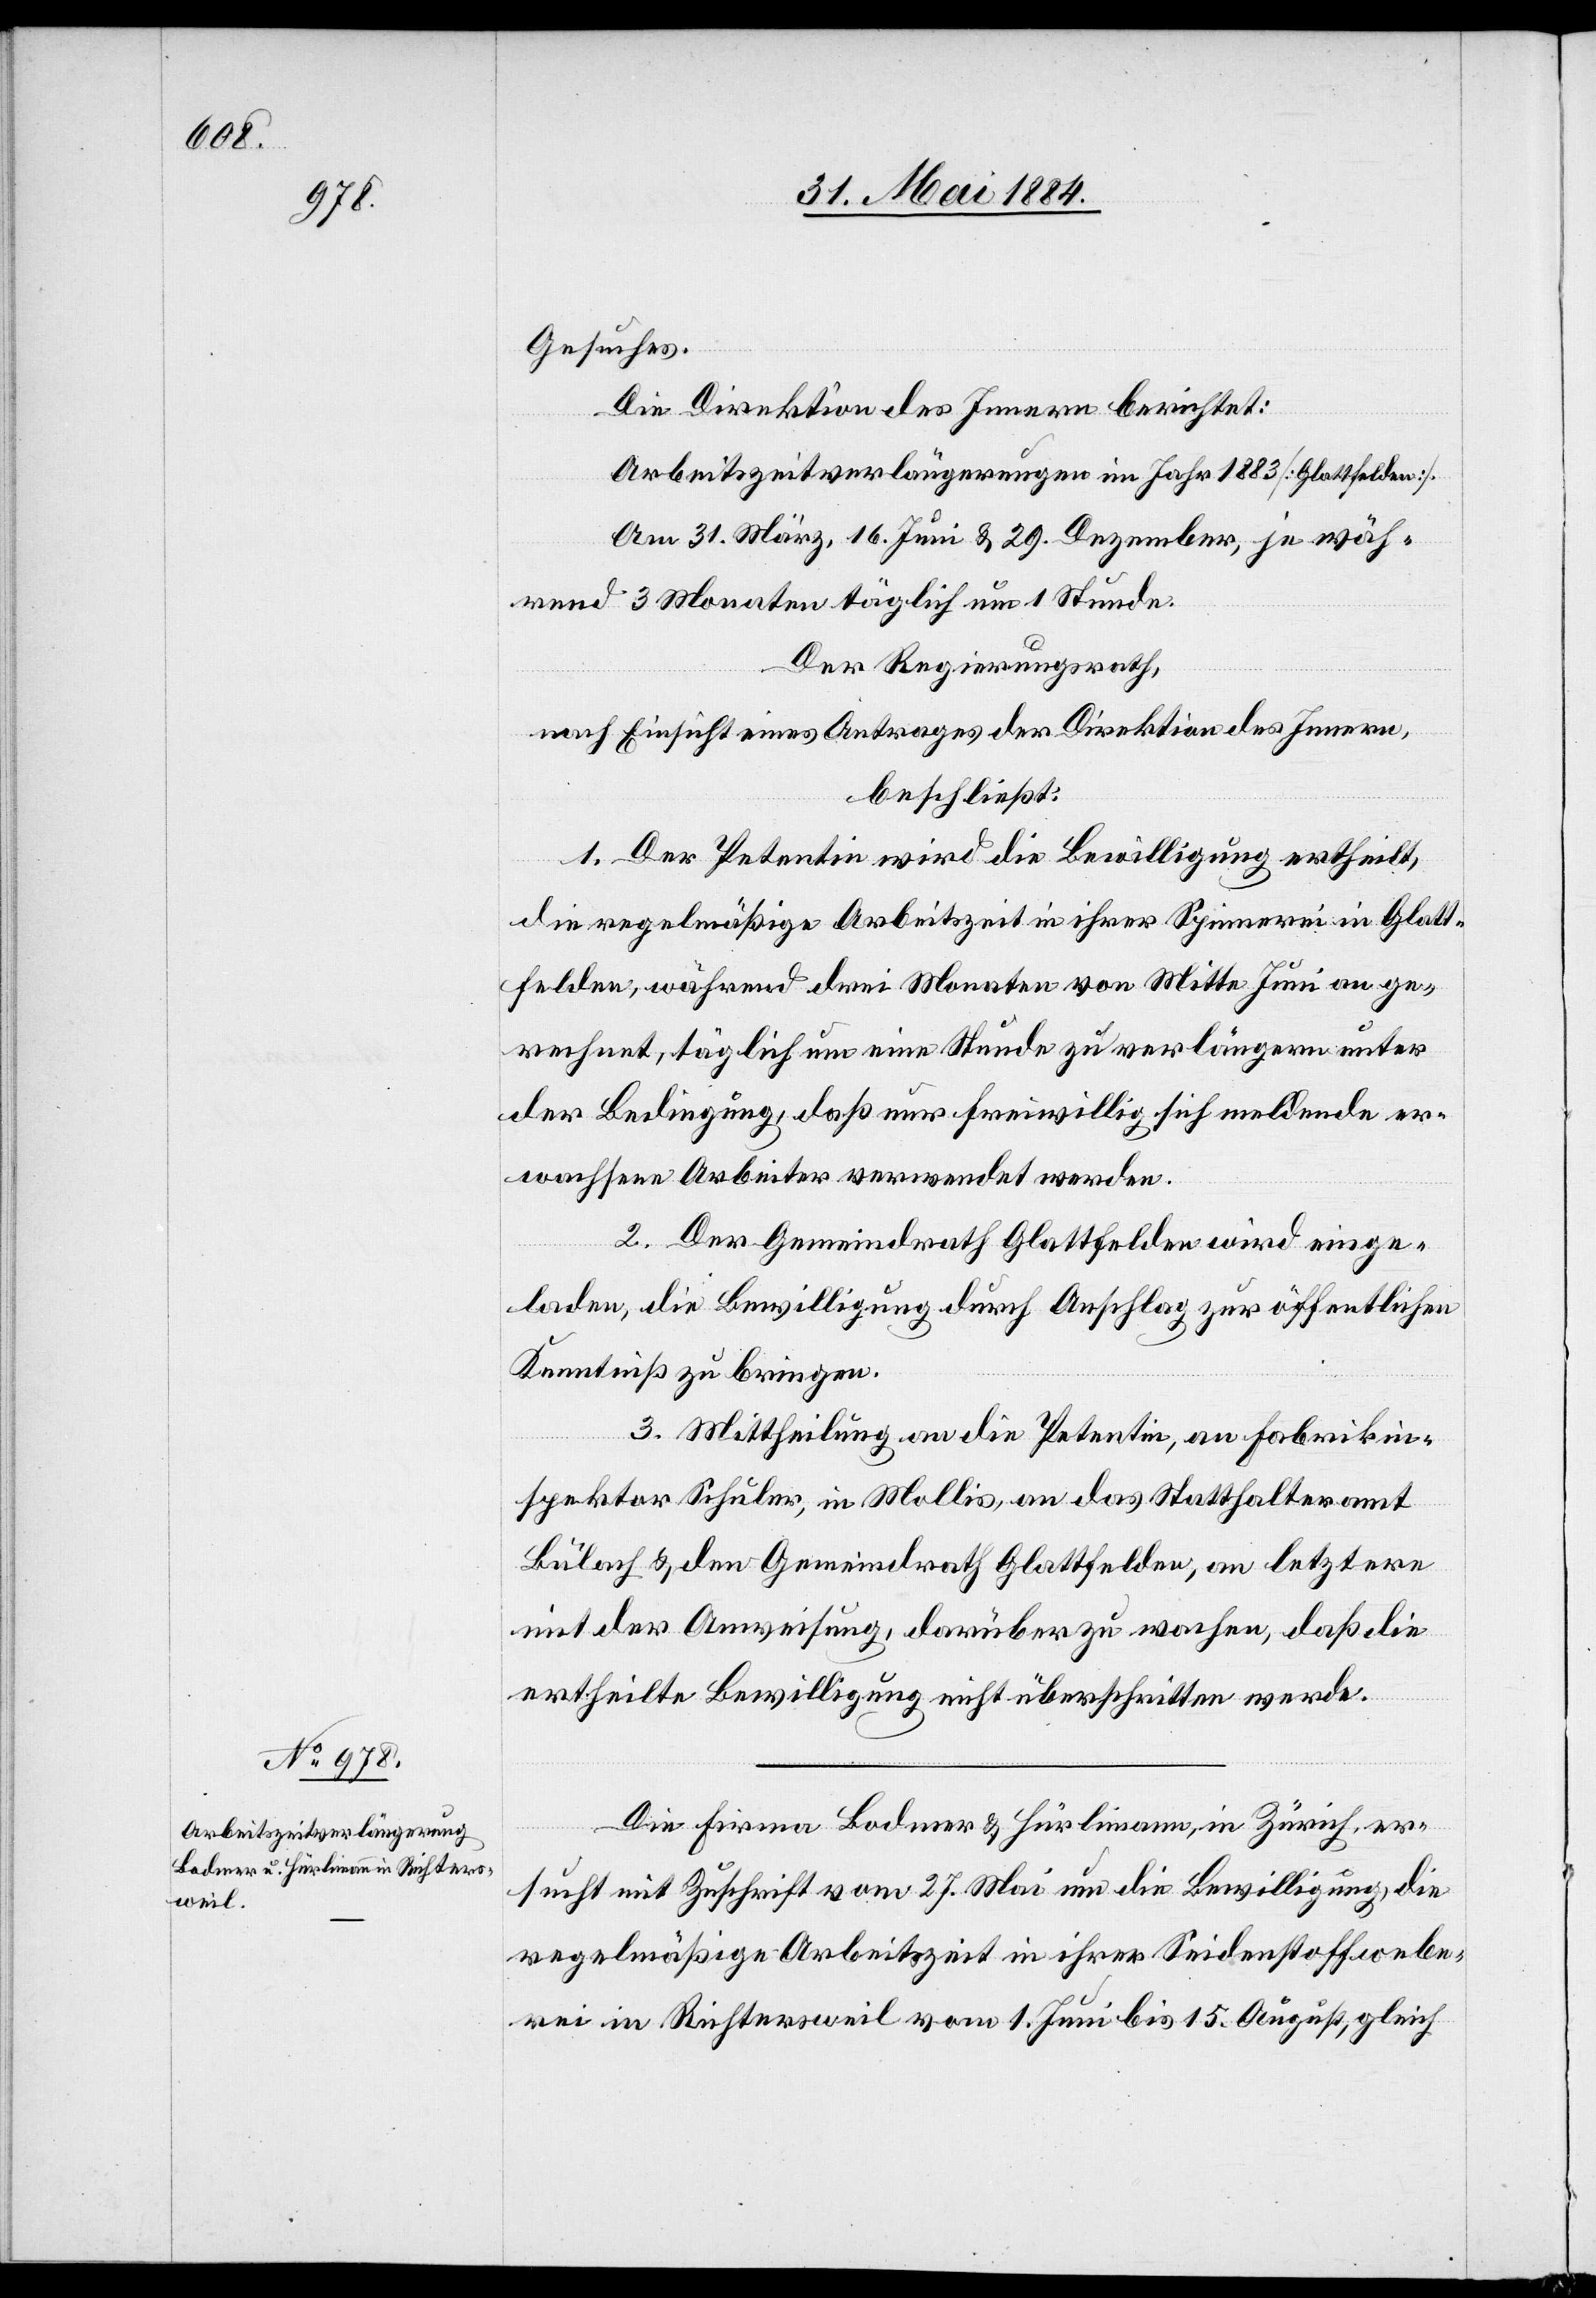
Gesuches.
Die Direktion des Innern berichtet:
Arbeitszeitverlängerungen im Jahr 1883 [Glattfelden].
Am 31. März, 16. Juni & 29. Dezember, je wäh¬
rend 3 Monaten täglich um 1 Stunde.
Der Regierungsrath,
nach Einsicht eines Antrages der Direktion des Innern,
beschließt:
1. Der Petentin wird die Bewilligung ertheilt,
die regelmäßige Arbeitszeit in ihrer Spinnerei in Glatt¬
felden, während 3 Monaten von Mitte Juni an ge¬
rechnet, täglich um eine Stunde zu verlängern unter
der Bedingung, daß nur freiwillig sich meldende er¬
wachsene Arbeiter verwendet werden.
2. Der Gemeindrath Glattfelden wird einge¬
laden, die Bewilligung durch Anschlag öffentlich
Kenntniß zu bringen.
3. Mittheilung an die Petentin, an Fabrikin¬
spektor Schuler, in Mollis, an das Statthalteramt
Bülach & den Gemeindrath Glattfelden, an letztern
mit der Anweisung, darüber zu wachen, daß die
ertheilte Bewilligung nicht überschritten werde.
zur
Die Firma Bodmer & Hürlimann, in Zürich, er¬
sucht mit Zuschrift vom 27. Mai um die Bewilligung, die
regelmäßige Arbeitszeit in ihrer Seidenstoffwebe¬
rei in Richtersweil vom 1. Juni bis 15. August, gleich